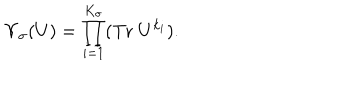
\Upsilon _ { \sigma } ( U ) = \prod _ { i = 1 } ^ { K _ { \sigma } } ( \mathrm { T r } \; U ^ { k _ { i } } ) .